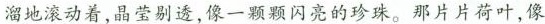
溜地滚动着，晶莹剔透，像一颗颗闪亮的珍珠。那片片荷叶，像